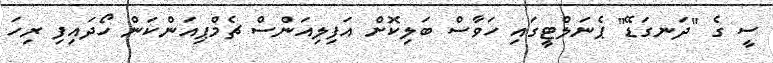
ސީ ގެ "ދަނގަޑޭ" ޕެނަލްޓީގައި ހަވާސް ބަލިކޮށް އަފިލިއަންސް ޗެމްޕިއަންކަން ހޯދައިފި ރިހަ